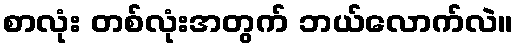
စာလုံး တစ်လုံးအတွက် ဘယ်လောက်လဲ။